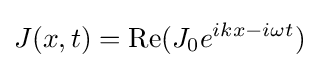
J(x,t)=\operatorname {Re} (J_{0}e^{ikx-i\omega t})